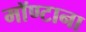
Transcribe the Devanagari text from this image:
मॉण्टाना